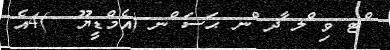
ްޓ ވި ްލ ާދ ްނ ޙަސަ ްނ (އެމްޑީޔޫ  )4އެ